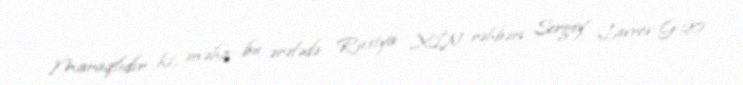
Maraqlıdır ki, məhz bu ərəfədə Rusiya XİN rəhbəri Sergey Lavrov G-20